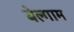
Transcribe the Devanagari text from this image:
बेल्गाम